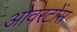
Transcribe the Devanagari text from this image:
ओवरटोंस